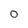
Character: 0